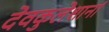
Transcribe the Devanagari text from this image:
देवकुलेशानां